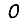
Digit: 0